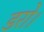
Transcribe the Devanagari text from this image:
डरो।